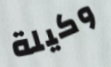
وكيلة